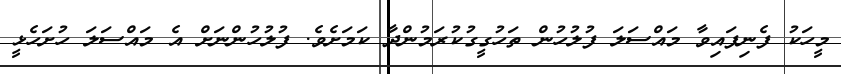
މީހަކު ފެނިފައިވާ މައްސަލަ ފުލުހުން ތަހުގީގުކުރަމުންދާ ކަމަށެވެ. ފުލުހުންނަށް އެ މައްސަލަ ހުށަހެޅީ